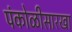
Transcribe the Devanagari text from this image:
पंकोळीसारखा